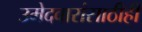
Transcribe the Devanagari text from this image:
उमेदवारांसाठीही